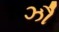
ઝૌ